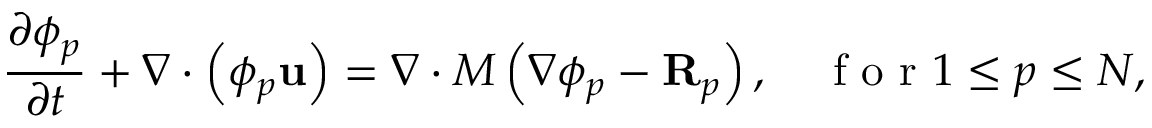
\frac { \partial \phi _ { p } } { \partial t } + \nabla \cdot \left( \phi _ { p } \mathbf { u } \right) = \nabla \cdot M \left( \nabla \phi _ { p } - \mathbf { R } _ { p } \right) , \quad \mathrm { ~ f ~ o ~ r ~ } 1 \leq p \leq N ,